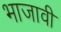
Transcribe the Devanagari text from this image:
भाजावी